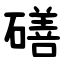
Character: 磰